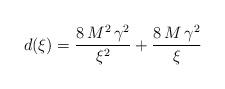
LaTeX: \begin{align*}d(\xi ) ={\frac{8\,{M^2}\,{{\gamma }^2}}{{{\xi }^2}}} + {\frac{8\,M\,{{\gamma }^2}}{\xi }}\end{align*}